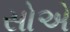
સોએ